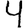
Digit: 4